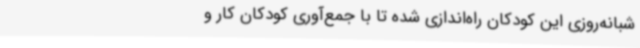
شبانه‌روزی این کودکان راه‌اندازی شده تا با جمع‌آوری کودکان کار و